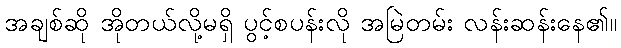
အချစ်ဆို အိုတယ်လို့မရှိ ပွင့်စပန်းလို အမြဲတမ်း လန်းဆန်းနေ၏။